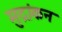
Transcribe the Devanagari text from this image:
मुद्रांकन